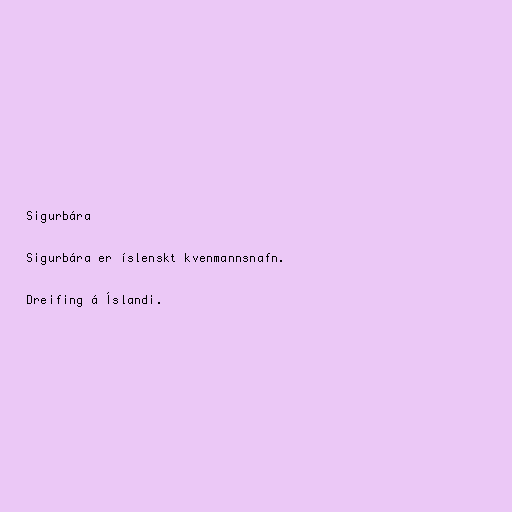
Sigurbára

Sigurbára er íslenskt kvenmannsnafn.

Dreifing á Íslandi.